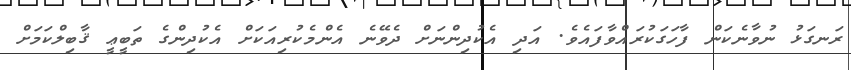
ރަނގަޅު ނުވާނެކަން ފާހަގަކުރައްވާފައެވެ. އަދި އެކުދިންނަށް ދެވޭނެ އެންމެކުރިއަކަށް އެކުދިންގެ ތަބީޢީ ޤާބިލްކަމަށް